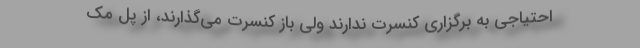
احتیاجی به برگزاری کنسرت ندارند ولی باز کنسرت می‌گذارند، از پل مک